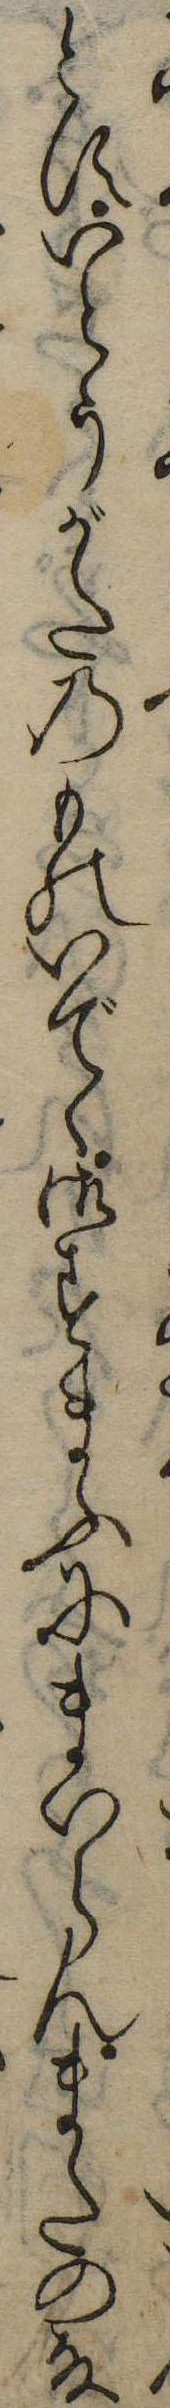
とすいとうがたのものいでゝ御すまふにまいらんまたの殿